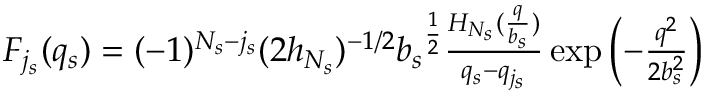
\begin{array} { r l } { F _ { j _ { s } } ( q _ { s } ) = ( - 1 ) ^ { N _ { s } - { j _ { s } } } ( 2 h _ { N _ { s } } ) ^ { - 1 / 2 } { b _ { s } } ^ { \frac { 1 } { 2 } } \frac { H _ { N _ { s } } ( \frac { q } { b _ { s } } ) } { q _ { s } - q _ { j _ { s } } } \exp \left( - \frac { q ^ { 2 } } { 2 b _ { s } ^ { 2 } } \right) } \\ & { } \end{array}